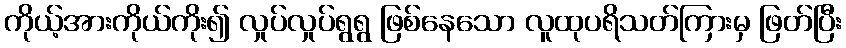
ကိုယ့်အားကိုယ်ကိုး၍ လှုပ်လှုပ်ရွရွ ဖြစ်နေသော လူထုပရိသတ်ကြားမှ ဖြတ်ပြီး